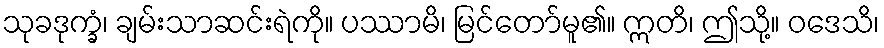
သုခဒုက္ခံ၊ ချမ်းသာဆင်းရဲကို။ ပဿာမိ၊ မြင်တော်မူ၏။ ဣတိ၊ ဤသို့။ ဝဒေသိ၊